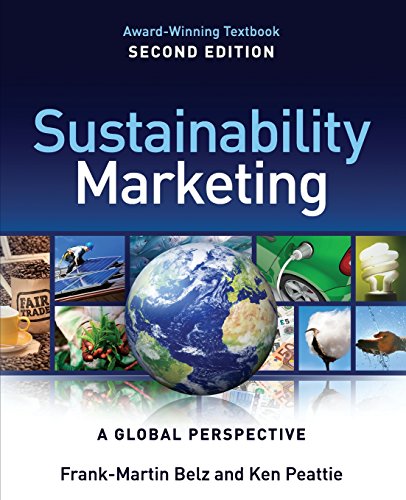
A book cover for Sustainability Marketing: A Global Perspective; Frank-Martin Belz; Business & Money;